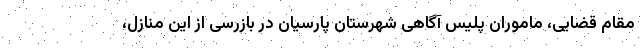
مقام قضایی، ماموران پلیس آگاهی شهرستان پارسیان در بازرسی از این منازل،